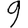
Digit: 9